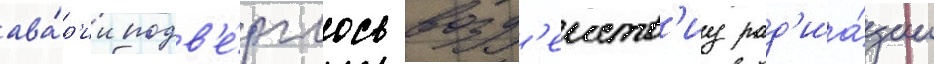
ава́р'ии подв'е́рглось возд'еиств'иу рад'иа́ции